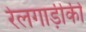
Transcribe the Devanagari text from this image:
रेलगाड़ीकी